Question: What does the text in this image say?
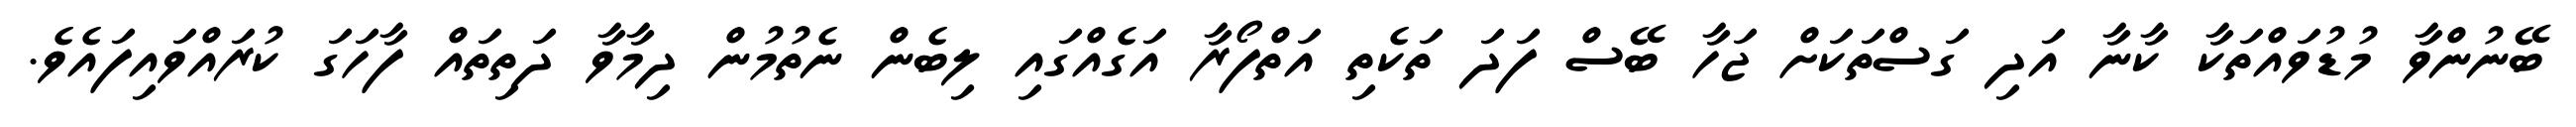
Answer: ބޭނުންވާ މުޑުވައްތަކާ ކާނާ އަދި ގަސްތަކަށް ޖަހާ ބޭސް ފަދަ ތަކެތި އަތްފޯރާ އަގެއްގައި ލިބެން ނެތުމުން ދިމާވާ ދަތިތައް ފާހަގަ ކުރައްވައިފައެވެ.